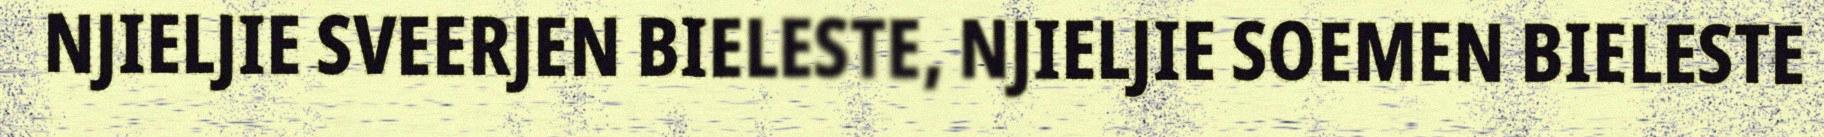
NJIELJIE SVEERJEN BIELESTE, NJIELJIE SOEMEN BIELESTE